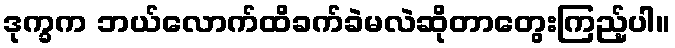
ဒုက္ခက ဘယ်လောက်ထိခက်ခဲမလဲဆိုတာတွေးကြည့်ပါ။